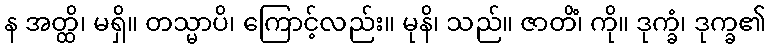
န အတ္ထိ၊ မရှိ။ တသ္မာပိ၊ ကြောင့်လည်း။ မုနိ၊ သည်။ ဇာတိံ၊ ကို။ ဒုက္ခံ၊ ဒုက္ခ၏